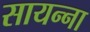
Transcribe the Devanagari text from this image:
सायन्ना